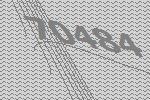
70484